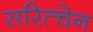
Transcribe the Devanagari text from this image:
सरित्चेन